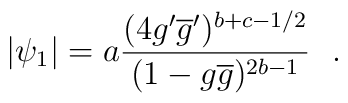
|\psi_1| = a\frac{(4g'\overline{g}')^{b+c-1/2}}{(1-g\overline{g})^{2b-1}}~~.